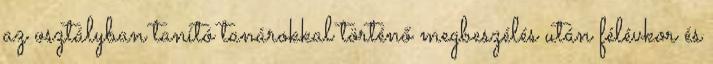
az osztályban tanító tanárokkal történő megbeszélés után félévkor és